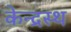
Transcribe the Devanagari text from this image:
केन्द्रस्थ